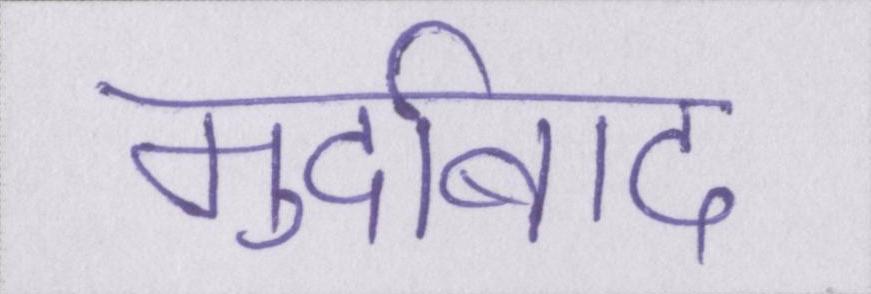
मुर्दाबाद